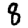
Digit: 8